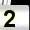
Digit: 2